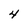
Character: 4